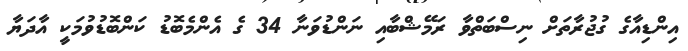
އިންޑިއާގެ ގުޖުރާތަށް ނިސްބަތްވާ ރަމޭޝްބާއި ނަންޑުވަނާ 34 ގެ އެންމެބޮޑު ކަންބޮޑުވުމަކީ އާދަޔާ